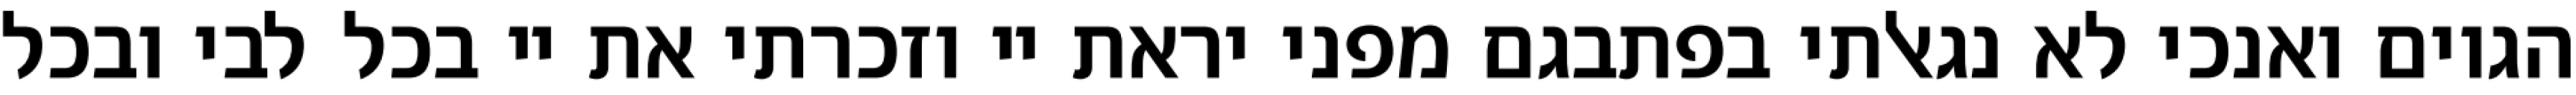
הגוים ואנכי לא נגאלתי בפתבגם מפני יראת יי וזכרתי את יי בכל לבי ובכל